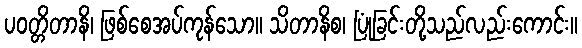
ပဝတ္တိတာနိ၊ ဖြစ်စေအပ်ကုန်သော။ သိတာနိစ၊ ပြုံခြင်းတို့သည်လည်းကောင်း။